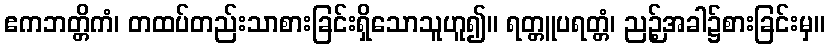
ဧကဘတ္တိကံ၊ တထပ်တည်းသာစားခြင်းရှိသောသူဟူ၍။ ရတ္တူပရတ္တံ၊ ညဉ့်အခါ၌စားခြင်းမှ။